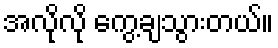
အလိုလို ကွေ့ချသွားတယ်။